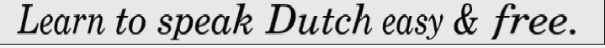
Learn to speak Dutch easy & free.